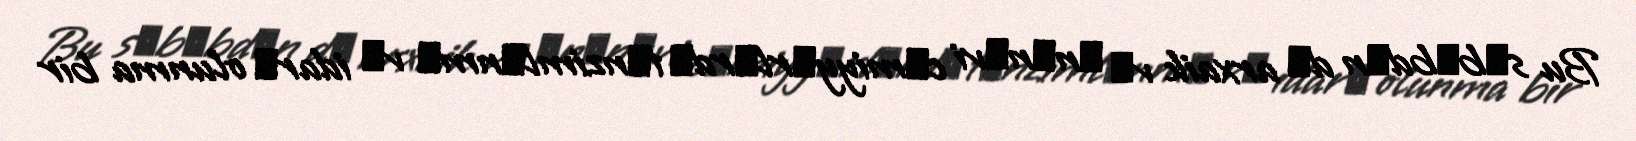
Bu sәbәbdәn dә arxaik vә әnәnәvi cәmiyyәrlәrdә tәnzimlәnmә vә idarә olunma bir